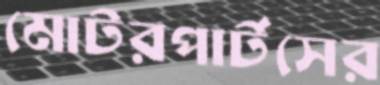
মোটরপার্টসের